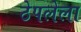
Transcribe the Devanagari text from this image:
ठेपलेला